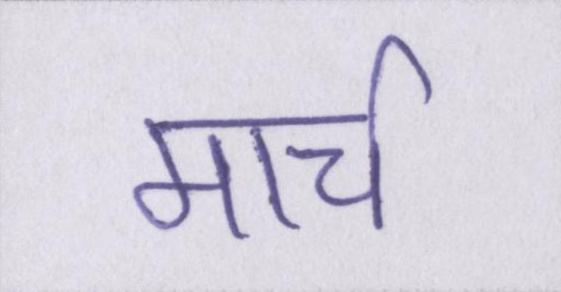
मार्च